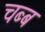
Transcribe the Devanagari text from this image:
चब्ब